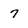
Character: 7